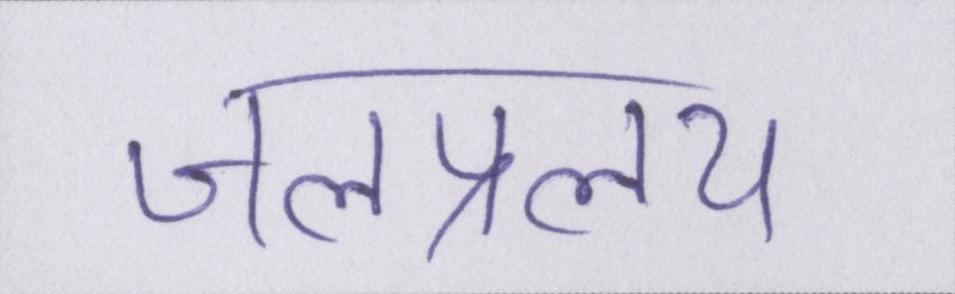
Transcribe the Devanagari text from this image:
जलप्रलय